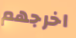
اخرجهم